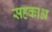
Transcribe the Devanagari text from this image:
सहकाअ